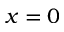
x = 0